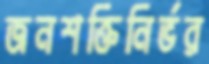
জনশক্তিনির্ভর